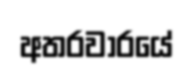
අතරවාරයේ